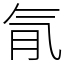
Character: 𣱙